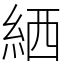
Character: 絤